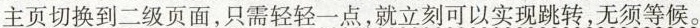
主页切换到二级页面，只需轻轻一点，就立刻可以实现跳转，无须等候。